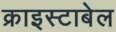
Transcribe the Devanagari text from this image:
क्राइस्टाबेल